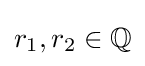
r_{1},r_{2}\in \mathbb {Q}